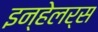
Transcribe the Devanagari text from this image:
इन्हेलर्स